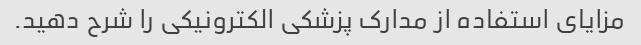
مزایای استفاده از مدارک پزشکی الکترونیکی را شرح دهید.